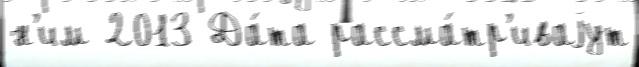
н'им 2013 Да́та рассма́тр'иваjут